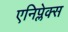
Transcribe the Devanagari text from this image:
एनिप्लेक्स